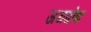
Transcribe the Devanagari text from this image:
जयघोषा